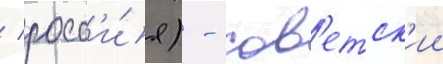
/ росс'и́я) - сов'етск'ии